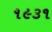
૧૯૩૧